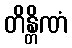
တိန္တိဏံ